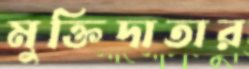
মুক্তিদাতার